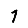
Digit: 1